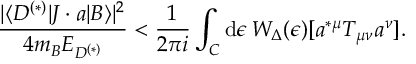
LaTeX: { \frac { | \langle D ^ { ( * ) } | J \cdot a | B \rangle | ^ { 2 } } { 4 m _ { B } E _ { D ^ { ( * ) } } } } < { \frac { 1 } { 2 \pi i } } \int _ { C } \mathrm { d } \epsilon \, W _ { \Delta } ( \epsilon ) [ a ^ { * \mu } T _ { \mu \nu } a ^ { \nu } ] .